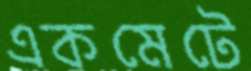
একমেটে